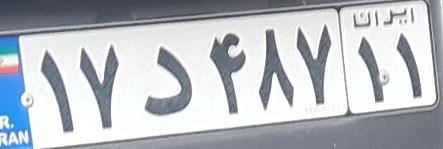
۱۷د۴۸۷۱۱